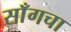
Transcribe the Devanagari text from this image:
साँगचा